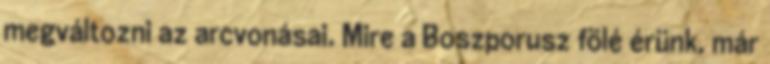
megváltozni az arcvonásai. Mire a Boszporusz fölé érünk, már